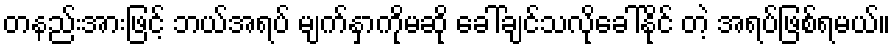
တနည်းအားဖြင့် ဘယ်အရပ် မျက်နှာကိုမဆို ခေါ်ချင်သလိုခေါ်နိုင် တဲ့ အရပ်ဖြစ်ရမယ်။